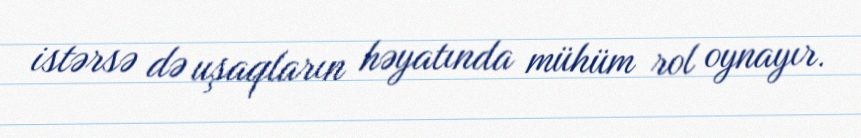
istərsə də uşaqların həyatında mühüm rol oynayır.